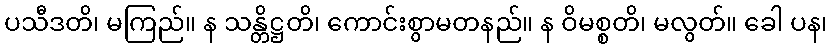
ပသီဒတိ၊ မကြည်။ န သန္တိဋ္ဌတိ၊ ကောင်းစွာမတနည်။ န ဝိမစ္စတိ၊ မလွတ်။ ခေါ ပန၊